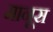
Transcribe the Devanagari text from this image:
मानूस